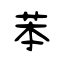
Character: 苯